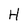
Character: H